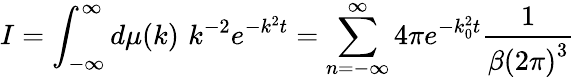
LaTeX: I=\int_{-\infty}^{\infty}d\mu(k)\, \, k^{-2}e^{-k^{2}t}=\sum_{n=-\infty}^{\infty}4\pi e^{-k_{0}^{2}t}\frac{1}{\beta\left(2\pi\right)^{3}}